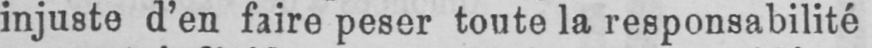
injuste d’en faire peser toute la responsabilité